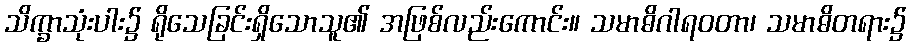
သိက္ခာသုံးပါး၌ ရိုသေခြင်းရှိသောသူ၏ အဖြစ်လည်းကောင်း။ သမာဓိဂါရဝတာ၊ သမာဓိတရား၌